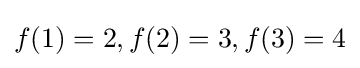
f(1)=2,f(2)=3,f(3)=4